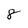
Character: 8